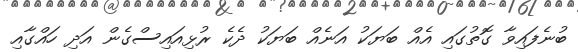
ބުނެފައިވާ ގޮތުގައި އެއް ބަޔަކު އަނެއް ބަޔަކު ދެކެ ރުޅިއައިސްގެން އަދި ހައްގާއި